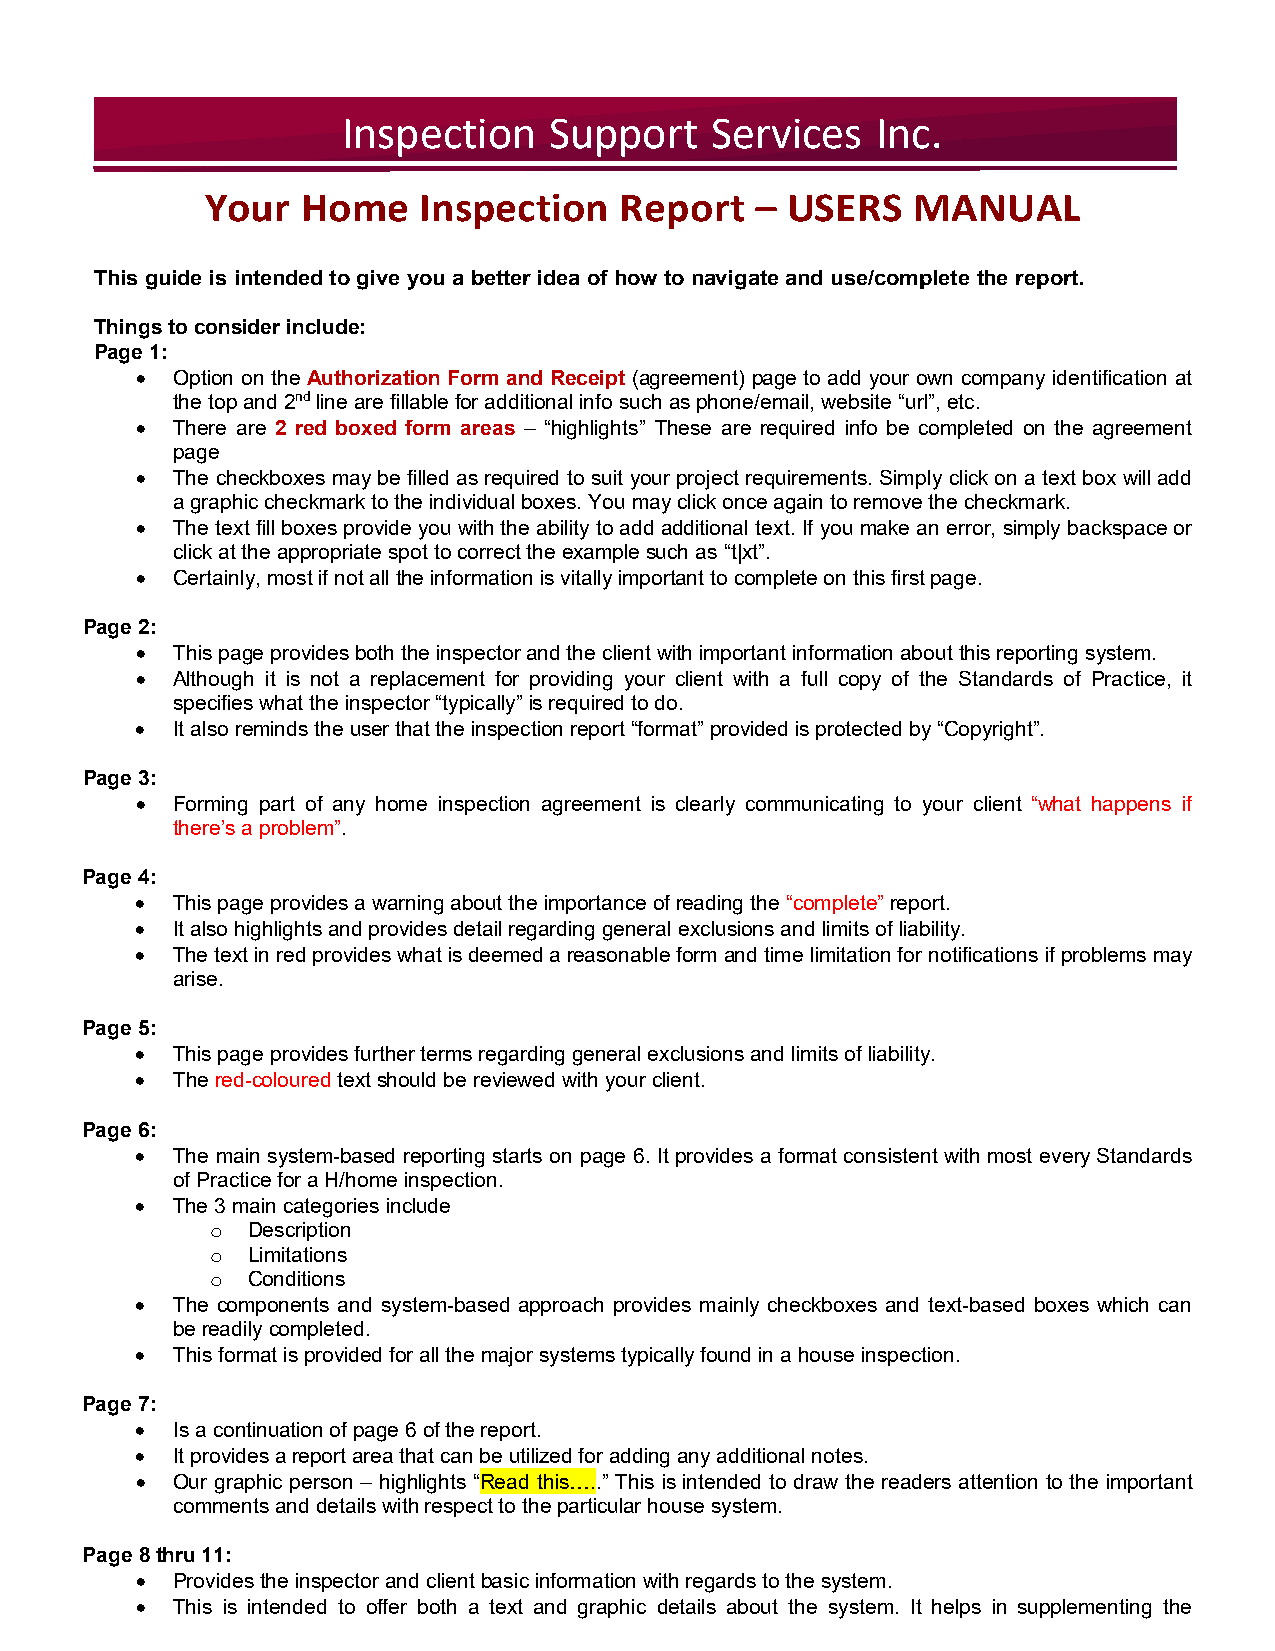
Inspection   Support    Services   Inc.
 Your  Home    Inspection   Report   – USERS   MANUAL
 This guide is intended to give you a better idea of how to navigate and use/complete the report.
 Things to consider include:
 Page 1:
 • Option on the Authorization Form and Receipt (agreement) page to add your own company identification at
 the top and 2nd line are fillable for additional info such as phone/email, website “url”, etc.
 • There are 2 red boxed form areas – “highlights” These are required info be completed on the agreement
 page
 • The checkboxes may be filled as required to suit your project requirements. Simply click on a text box will add
 a graphic checkmark to the individual boxes. You may click once again to remove the checkmark.
 • The text fill boxes provide you with the ability to add additional text. If you make an error, simply backspace or
 click at the appropriate spot to correct the example such as “t|xt”.
 • Certainly, most if not all the information is vitally important to complete on this first page.
 Page 2:
 • This page provides both the inspector and the client with important information about this reporting system.
 • Although it is not a replacement for providing your client with a full copy of the Standards of Practice, it
 specifies what the inspector “typically” is required to do.
 • It also reminds the user that the inspection report “format” provided is protected by “Copyright”.
 Page 3:
 • Forming part of any home inspection agreement is clearly communicating to your client “what happens if
 there’s a problem”.
 Page 4:
 • This page provides a warning about the importance of reading the “complete” report.
 • It also highlights and provides detail regarding general exclusions and limits of liability.
 • The text in red provides what is deemed a reasonable form and time limitation for notifications if problems may
 arise.
 Page 5:
 • This page provides further terms regarding general exclusions and limits of liability.
 • The red-coloured text should be reviewed with your client.
 Page 6:
 • The main system-based reporting starts on page 6. It provides a format consistent with most every Standards
 of Practice for a H/home inspection.
 • The 3 main categories include
 Description
 o
 Limitations
 o
 Conditions
 o
 • The components and system-based approach provides mainly checkboxes and text-based boxes which can
 be readily completed.
 • This format is provided for all the major systems typically found in a house inspection.
 Page 7:
 • Is a continuation of page 6 of the report.
 • It provides a report area that can be utilized for adding any additional notes.
 • Our graphic person – highlights “Read this…..” This is intended to draw the readers attention to the important
 comments and details with respect to the particular house system.
 Page 8 thru 11:
 • Provides the inspector and client basic information with regards to the system.
 • This is intended to offer both a text and graphic details about the system. It helps in supplementing the